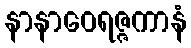
နာနာဝေရဇ္ဇကာနံ